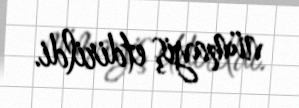
nümayiş etdirildi.